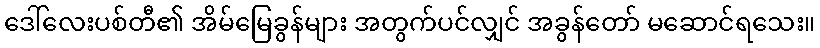
ဒေါ်လေးပစ်တီ၏ အိမ်မြေခွန်များ အတွက်ပင်လျှင် အခွန်တော် မဆောင်ရသေး။